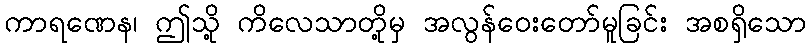
ကာရဏေန၊ ဤသို့ ကိလေသာတို့မှ အလွန်ဝေးတော်မူခြင်း အစရှိသော